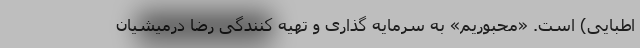
اطبایی) است. «محبوریم» به سرمایه گذاری و تهیه کنندگی رضا درمیشیان